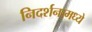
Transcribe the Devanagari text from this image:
निदर्शनामध्ये